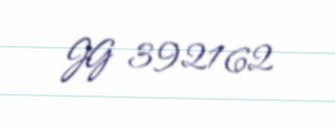
JG 392162